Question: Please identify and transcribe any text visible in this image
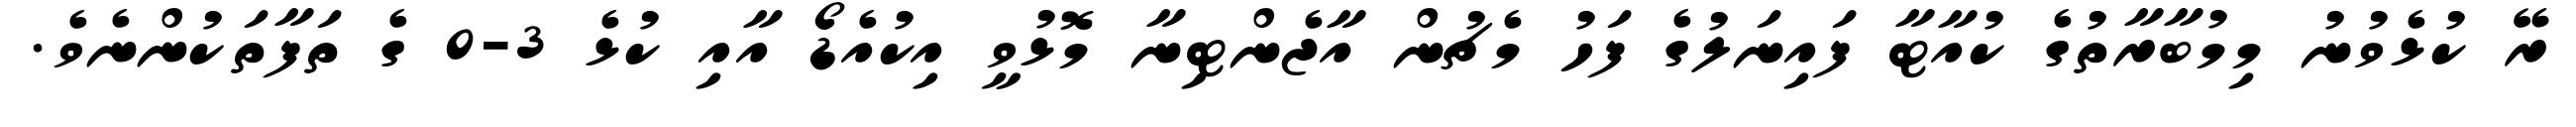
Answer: ރޭ ކުޅެވުނު މިމުބާރާތުގެ ކުއާޓާ ފައިނަލުގެ ފަހު މެޗުން އާޖެންޓިނާ މޮޅުވީ އިކުއެޑޯ އާއި ކުޅެ 3-0 ގެ ތަފާތަކުންނެވެ.